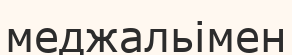
меджальімен